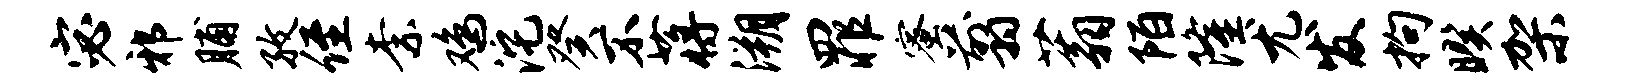
宓邪脯孜侄柰鸡沱癸不蒋溯罪蜜翦蓊陌隆尤发拘暌架